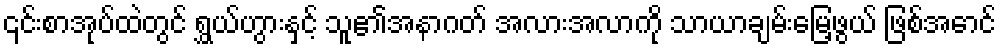
၎င်းစာအုပ်ထဲတွင် ရွှယ်ဟွားနှင့် သူ၏အနာဂတ် အလားအလာကို သာယာချမ်းမြေ့ဖွယ် ဖြစ်အောင်